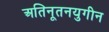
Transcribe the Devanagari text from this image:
अतिनूतनयुगीन